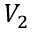
V _ { 2 }